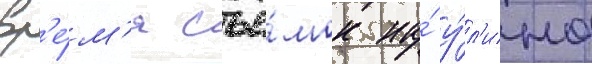
вр'е́м'я съё́мок на́ у́л'ице